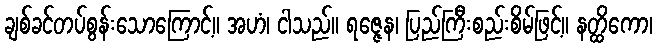
ချစ်ခင်တပ်စွန်းသောကြောင့်။ အဟံ၊ ငါသည်။ ရဇ္ဇေန၊ ပြည်ကြီးစည်းစိမ်ဖြင့်။ နတ္ထိကော၊